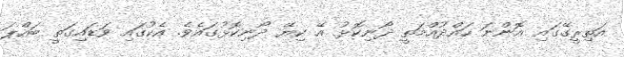
އަތިރީގޭގައި އޮންނަ ހައްދުއްމަތީ ދޯނިކޮޅު އޭ ކިޔޭ ދޯނިކޮޅުގައެވެ. އެކުގައި ވަޑައިގަތީ ބައްޕަ